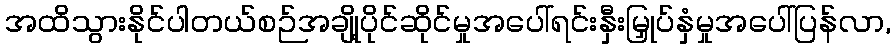
အထိသွားနိုင်ပါတယ်စဉ်အချို့ပိုင်ဆိုင်မှုအပေါ်ရင်းနှီးမြှုပ်နှံမှုအပေါ်ပြန်လာ,